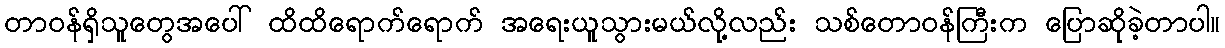
တာဝန်ရှိသူတွေအပေါ် ထိထိရောက်ရောက် အရေးယူသွားမယ်လို့လည်း သစ်တောဝန်ကြီးက ပြောဆိုခဲ့တာပါ။